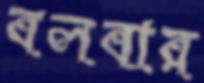
বলবার